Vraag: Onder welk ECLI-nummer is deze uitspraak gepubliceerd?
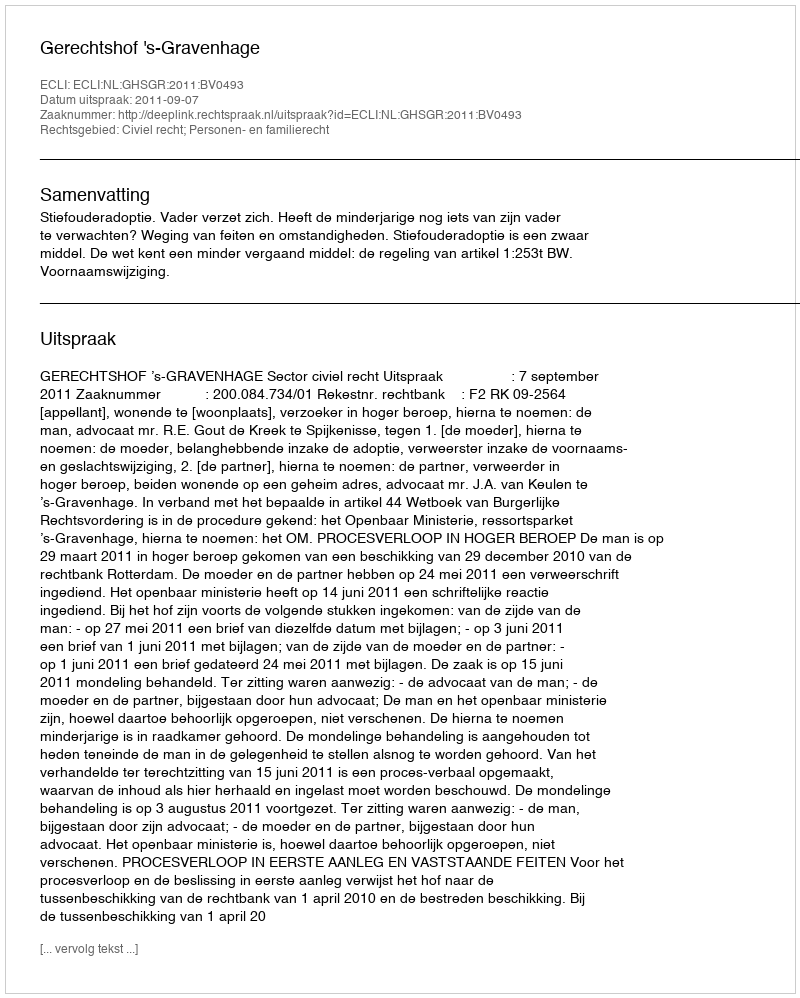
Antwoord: ECLI:NL:GHSGR:2011:BV0493